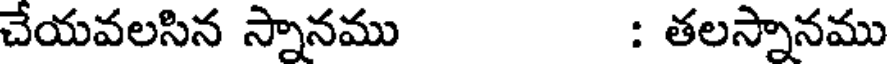
చేయవలసిన స్నానము : తలస్నానము